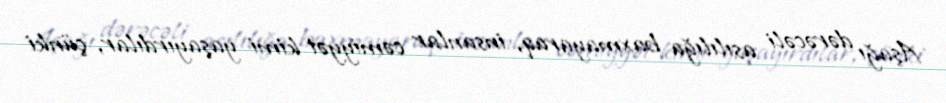
Aşağı dərəcəli asılılığa baxmayaraq, insanlar cəmiyyət kimi yaşayırdılar, çünki